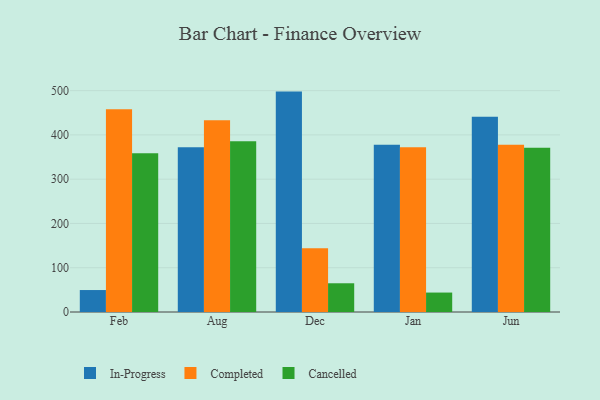
{"axis": {"x": "Month", "y": "Satisfaction Score"}, "legend": ["Cancelled", "Completed", "In-Progress"], "data": [{"x": "Feb", "y": 49.6, "type": "In-Progress"}, {"x": "Feb", "y": 458.2, "type": "Completed"}, {"x": "Feb", "y": 358.3, "type": "Cancelled"}, {"x": "Aug", "y": 372.1, "type": "In-Progress"}, {"x": "Aug", "y": 433.1, "type": "Completed"}, {"x": "Aug", "y": 385.9, "type": "Cancelled"}, {"x": "Dec", "y": 497.8, "type": "In-Progress"}, {"x": "Dec", "y": 143.9, "type": "Completed"}, {"x": "Dec", "y": 64.9, "type": "Cancelled"}, {"x": "Jan", "y": 377.7, "type": "In-Progress"}, {"x": "Jan", "y": 372.3, "type": "Completed"}, {"x": "Jan", "y": 43.9, "type": "Cancelled"}, {"x": "Jun", "y": 440.8, "type": "In-Progress"}, {"x": "Jun", "y": 377.5, "type": "Completed"}, {"x": "Jun", "y": 370.7, "type": "Cancelled"}]}